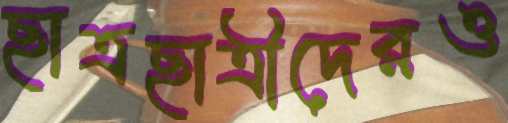
ছাত্রছাত্রীদেরও